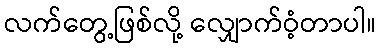
လက်တွေ့ဖြစ်လို့ လျှောက်ဝံ့တာပါ။